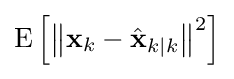
\operatorname {E} \left[\left\|\mathbf {x} _{k}-{\hat {\mathbf {x} }}_{k|k}\right\|^{2}\right]